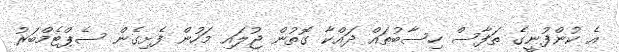
އެ ކުންފުނީގެ ތަފާސް ހިސާބުތައް ދައްކާ ގޮތުން ޖުލައި މަހުން ފެށިގެން ސެޕްޓެމްބަރު